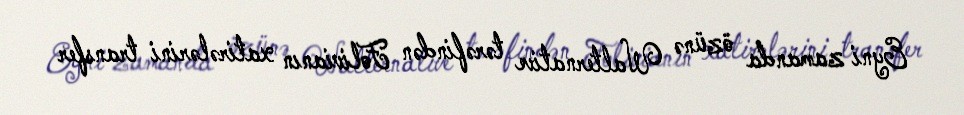
Eyni zamanda özünə Walternative tərəfindən Folivianın xatirələrini transfer